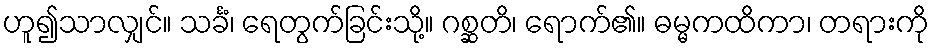
ဟူ၍သာလျှင်။ သင်္ခံ၊ ရေတွက်ခြင်းသို့။ ဂစ္ဆတိ၊ ရောက်၏။ ဓမ္မကထိကာ၊ တရားကို